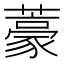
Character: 𮒑